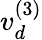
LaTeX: v_{d}^{(3)}